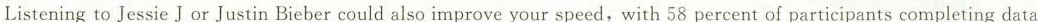
Listening to Jessie J or Justin Bieber could also improve your speed, with 58 percent of participants completing data